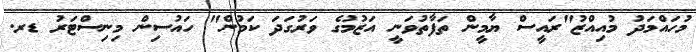
މުހައްމަދު މުއިއްޒު"ރައީސް ޔާމީން ތަފާތުވަނީ އަޒުމުގެ ވަރުގަދަ ކަމުން" ހައުސިން މިނިސްޓަރު ޑރ.